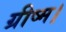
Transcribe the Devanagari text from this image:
ग्रीष्म।